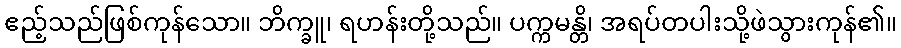
ဧည့်သည်ဖြစ်ကုန်သော။ ဘိက္ခူ၊ ရဟန်းတို့သည်။ ပက္ကမန္တိ၊ အရပ်တပါးသို့ဖဲသွားကုန်၏။